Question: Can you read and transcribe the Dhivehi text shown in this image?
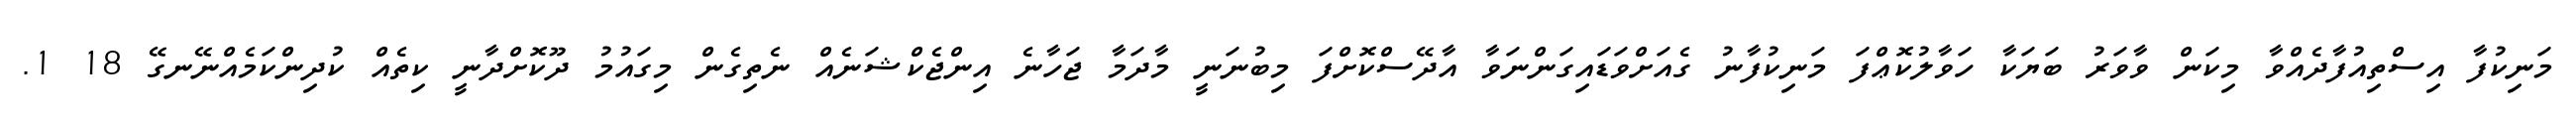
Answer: މަނިކުފާ އިސްތިއުފާދެއްވާ މިކަން ވާވަރު ބަޔަކާ ހަވާލުކޮޢްފަ މަނިކުފާނު ގެއަށްވަޑައިގަންނަވާ އާދޭސްކޮށްފަ މިބުނަނީ މާދަމާ ޖަހާނެ އިންޖެކްޝަނެއް ނެތިގެން މިގައުމު ދޫކޮށްދާނީ ކިތެއް ކުދިންކަމެއްނޭނގޭ 18 1.